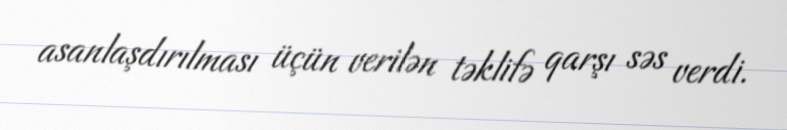
asanlaşdırılması üçün verilən təklifə qarşı səs verdi.